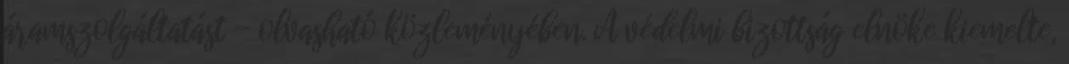
áramszolgáltatást - olvasható közleményében. A védelmi bizottság elnöke kiemelte,